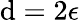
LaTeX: \mathrm{d}=2\epsilon